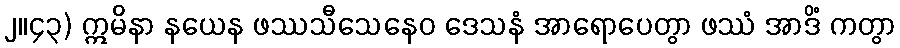
၂။၄၃) ဣမိနာ နယေန ဖဿသီသေနေဝ ဒေသနံ အာရောပေတွာ ဖဿံ အာဒိံ ကတွာ